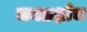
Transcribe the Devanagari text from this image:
जनप्रक्षोभ